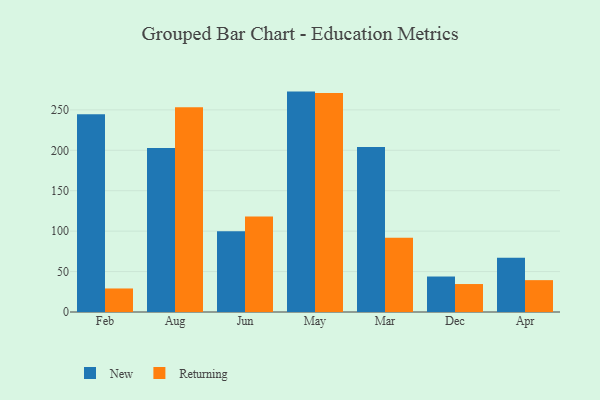
{"axis": {"x": "Month", "y": "Net Income (USD K)"}, "legend": ["New", "Returning"], "data": [{"x": "Feb", "y": 244.6, "type": "New"}, {"x": "Feb", "y": 29.1, "type": "Returning"}, {"x": "Aug", "y": 202.9, "type": "New"}, {"x": "Aug", "y": 253.2, "type": "Returning"}, {"x": "Jun", "y": 99.8, "type": "New"}, {"x": "Jun", "y": 118.0, "type": "Returning"}, {"x": "May", "y": 272.6, "type": "New"}, {"x": "May", "y": 270.9, "type": "Returning"}, {"x": "Mar", "y": 204.0, "type": "New"}, {"x": "Mar", "y": 91.9, "type": "Returning"}, {"x": "Dec", "y": 43.9, "type": "New"}, {"x": "Dec", "y": 34.6, "type": "Returning"}, {"x": "Apr", "y": 67.2, "type": "New"}, {"x": "Apr", "y": 39.4, "type": "Returning"}]}